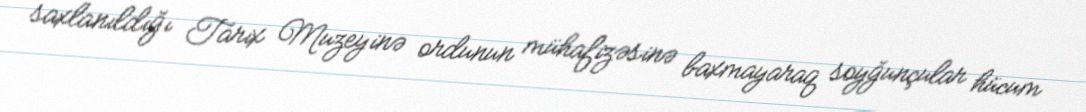
saxlanıldığı Tarix Muzeyinə ordunun mühafizəsinə baxmayaraq soyğunçular hücum